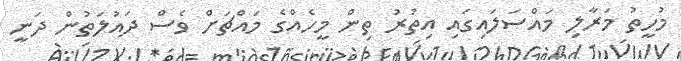
މުހީތު މަރާލި މައްސަލައިގައި އިތުރު ތިން މީހެއްގެ މައްޗަށް ވެސް ދައުލަތުން ދަނީ